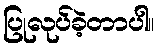
ပြုလုပ်ခဲ့တာပါ။